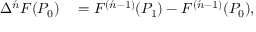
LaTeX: \begin{array} { r l } { \Delta ^ { \acute { n } } F ( P _ { 0 } ) } & { { } = F ^ { ( { \acute { n } } - 1 ) } ( P _ { 1 } ) - F ^ { ( { \acute { n } } - 1 ) } ( P _ { 0 } ) , } \end{array}